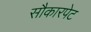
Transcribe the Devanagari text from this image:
सौकारपेट